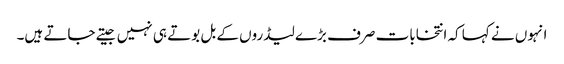
انہوں نے کہا کہ انتخابات صرف بڑے لیڈروں کے بل بوتے ہی نہیں جیتے جاتے ہیں۔